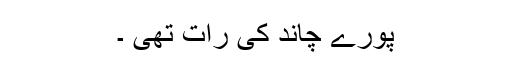
پورے چاند کی رات تھی ۔